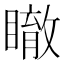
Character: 瞮